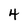
Character: 4